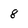
Character: 8